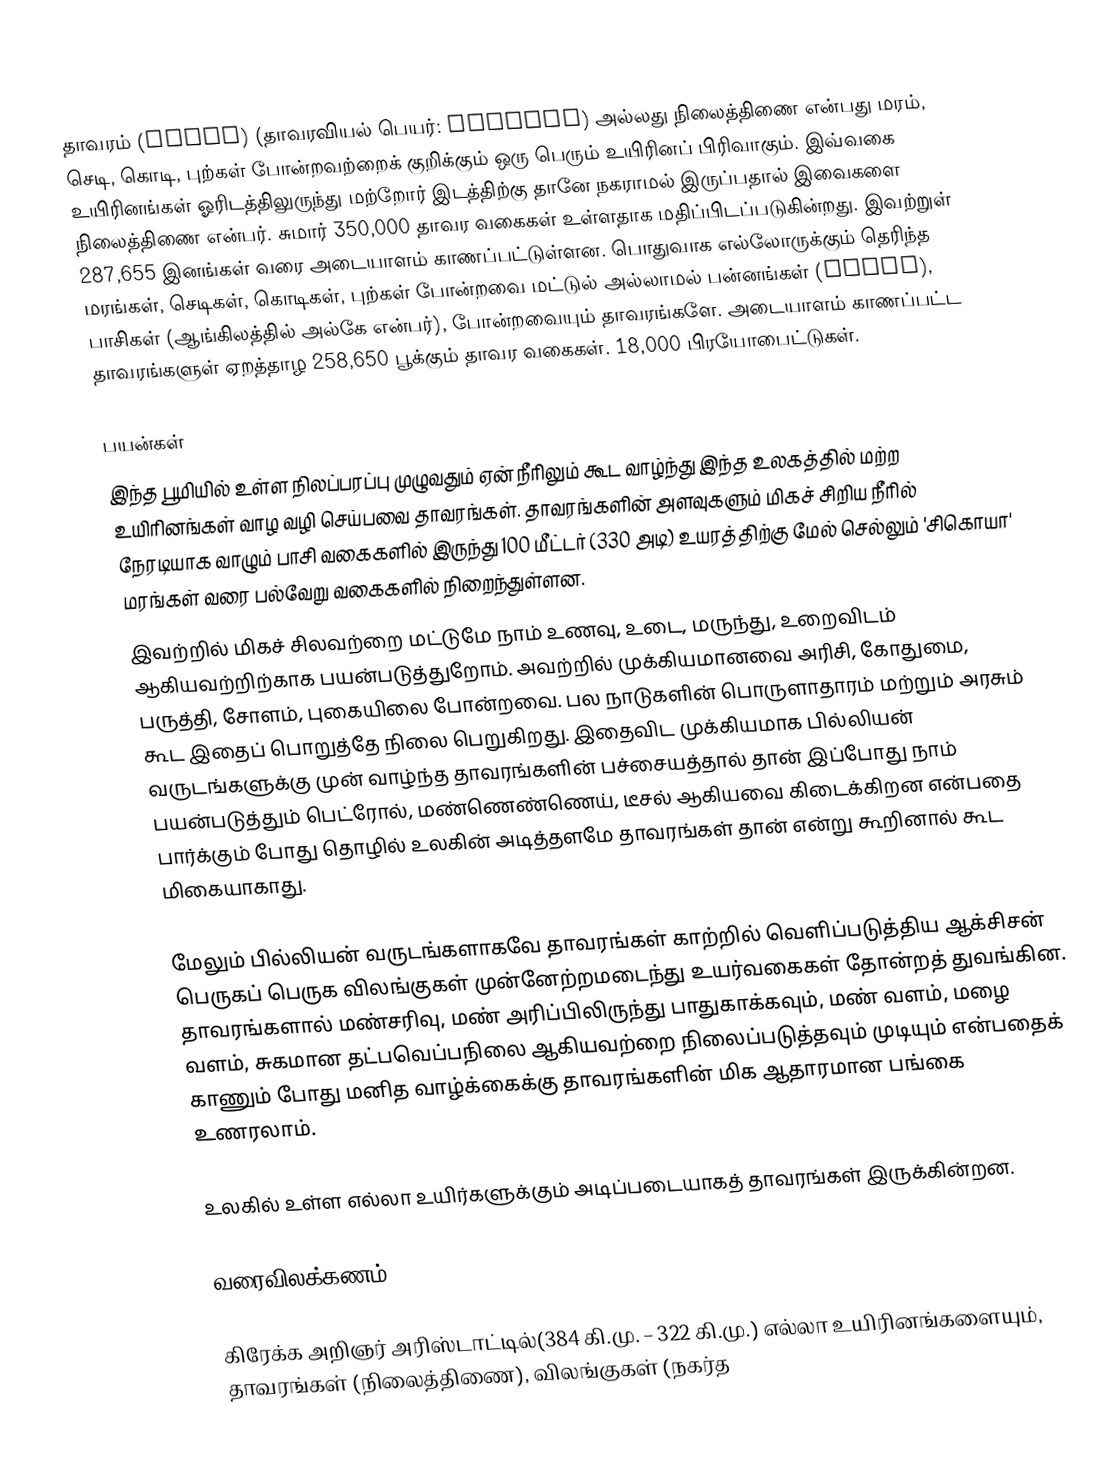
தாவரம் (Plant) (தாவரவியல் பெயர்: Plantae) அல்லது நிலைத்திணை என்பது மரம், செடி, கொடி, புற்கள் போன்றவற்றைக் குறிக்கும் ஒரு பெரும் உயிரினப் பிரிவாகும். இவ்வகை உயிரினங்கள் ஓரிடத்திலுருந்து மற்றோர் இடத்திற்கு தானே நகராமல் இருப்பதால் இவைகளை நிலைத்திணை என்பர். சுமார் 350,000 தாவர வகைகள் உள்ளதாக மதிப்பிடப்படுகின்றது. இவற்றுள் 287,655 இனங்கள் வரை அடையாளம் காணப்பட்டுள்ளன. பொதுவாக எல்லோருக்கும் தெரிந்த மரங்கள், செடிகள், கொடிகள், புற்கள் போன்றவை மட்டுல் அல்லாமல் பன்னங்கள் (ferns), பாசிகள் (ஆங்கிலத்தில் அல்கே என்பர்), போன்றவையும் தாவரங்களே. அடையாளம் காணப்பட்ட தாவரங்களுள் ஏறத்தாழ 258,650 பூக்கும் தாவர வகைகள். 18,000 பிரயோபைட்டுகள்.

பயன்கள்
இந்த பூமியில் உள்ள நிலப்பரப்பு முழுவதும் ஏன் நீரிலும் கூட வாழ்ந்து இந்த உலகத்தில் மற்ற உயிரினங்கள் வாழ வழி செய்பவை தாவரங்கள். தாவரங்களின் அளவுகளும் மிகச் சிறிய நீரில் நேரடியாக வாழும் பாசி வகைகளில் இருந்து 100 மீட்டர் (330 அடி) உயரத்திற்கு மேல் செல்லும் 'சிகொயா' மரங்கள் வரை பல்வேறு வகைகளில் நிறைந்துள்ளன.
இவற்றில் மிகச் சிலவற்றை மட்டுமே நாம் உணவு, உடை, மருந்து, உறைவிடம் ஆகியவற்றிற்காக பயன்படுத்துறோம். அவற்றில் முக்கியமானவை அரிசி, கோதுமை, பருத்தி, சோளம், புகையிலை போன்றவை. பல நாடுகளின் பொருளாதாரம் மற்றும் அரசும் கூட இதைப் பொறுத்தே நிலை பெறுகிறது. இதைவிட முக்கியமாக பில்லியன் வருடங்களுக்கு முன் வாழ்ந்த தாவரங்களின் பச்சையத்தால் தான் இப்போது நாம் பயன்படுத்தும் பெட்ரோல், மண்ணெண்ணெய், டீசல் ஆகியவை கிடைக்கிறன என்பதை பார்க்கும் போது தொழில் உலகின் அடித்தளமே தாவரங்கள் தான் என்று கூறினால் கூட மிகையாகாது.

மேலும் பில்லியன் வருடங்களாகவே தாவரங்கள் காற்றில் வெளிப்படுத்திய ஆக்சிசன் பெருகப் பெருக விலங்குகள் முன்னேற்றமடைந்து உயர்வகைகள் தோன்றத் துவங்கின. தாவரங்களால் மண்சரிவு, மண் அரிப்பிலிருந்து பாதுகாக்கவும், மண் வளம், மழை வளம், சுகமான தட்பவெப்பநிலை ஆகியவற்றை நிலைப்படுத்தவும் முடியும் என்பதைக் காணும் போது மனித வாழ்க்கைக்கு தாவரங்களின் மிக ஆதாரமான பங்கை உணரலாம்.

உலகில் உள்ள எல்லா உயிர்களுக்கும் அடிப்படையாகத் தாவரங்கள் இருக்கின்றன.

வரைவிலக்கணம்

கிரேக்க அறிஞர் அரிஸ்டாட்டில்(384 கி.மு. – 322 கி.மு.) எல்லா உயிரினங்களையும், தாவரங்கள் (நிலைத்திணை), விலங்குகள் (நகர்த